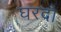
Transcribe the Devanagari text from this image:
घरदो